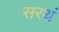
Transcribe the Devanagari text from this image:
सरथं